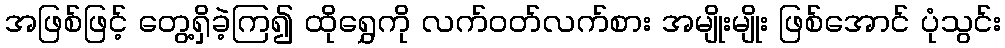
အဖြစ်ဖြင့် တွေ့ရှိခဲ့ကြ၍ ထိုရွှေကို လက်ဝတ်လက်စား အမျိုးမျိုး ဖြစ်အောင် ပုံသွင်း